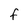
Character: f